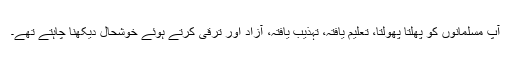
آپ مسلمانوں کو پھلتا پھولتا، تعلیم یافتہ، تہذیب یافتہ، آزاد اور ترقی کرتے ہوئے خوشحال دیکھنا چاہتے تھے۔